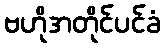
ဗဟိုအတိုင်ပင်ခံ